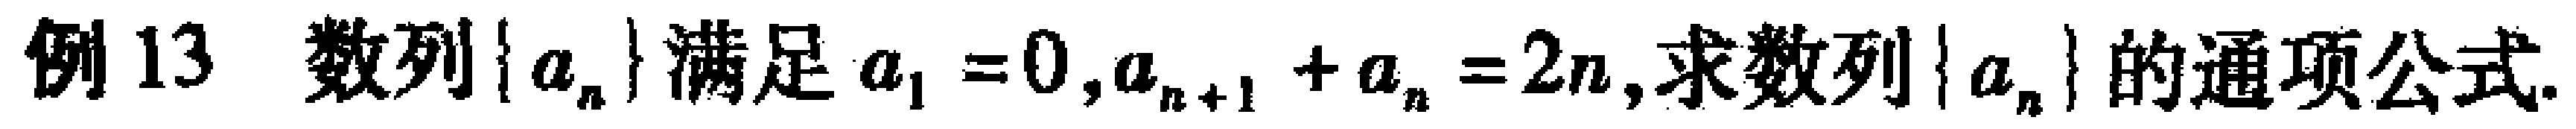
例13 数列\(\{a_{n}\}\)满足\(a_{1} = 0,a_{n + 1}+a_{n}=2n\),求数列\(\{a_{n}\}\)的通项公式.